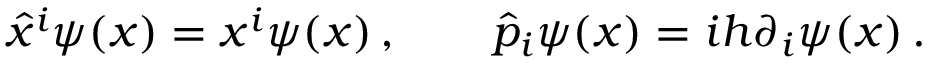
\hat { x } ^ { i } \psi ( x ) = x ^ { i } \psi ( x ) \, , \qquad \hat { p } _ { i } \psi ( x ) = i h \partial _ { i } \psi ( x ) \, .